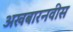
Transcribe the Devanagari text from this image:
अखबारनवीस